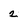
Character: 2